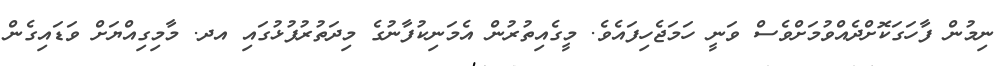
ނިމުން ފާހަގަކޮށްދެއްވުމަށްވެސް ވަނީ ހަމަޖެހިފައެވެ. މީގެއިތުރުން އެމަނިކުފާނުގެ މިދަތުރުފުޅުގައި އދ. މާމިގިއްޔަށް ވަޑައިގެން